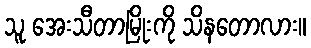
သူ အေးသီတာမြိုးကို သိနတောလား။